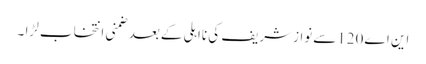
این اے120سےنوازشریف کی نااہلی کےبعدضمنی انتخاب لڑا ۔